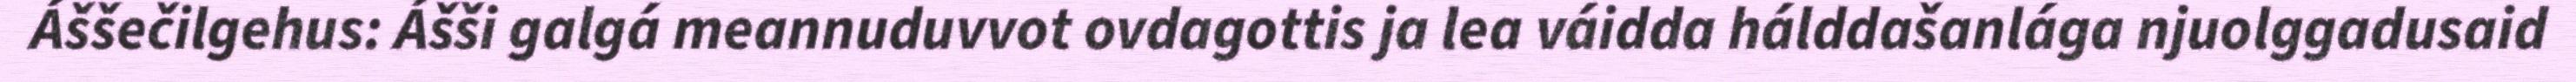
Áššečilgehus: Ášši galgá meannuduvvot ovdagottis ja lea váidda hálddašanlága njuolggadusaid